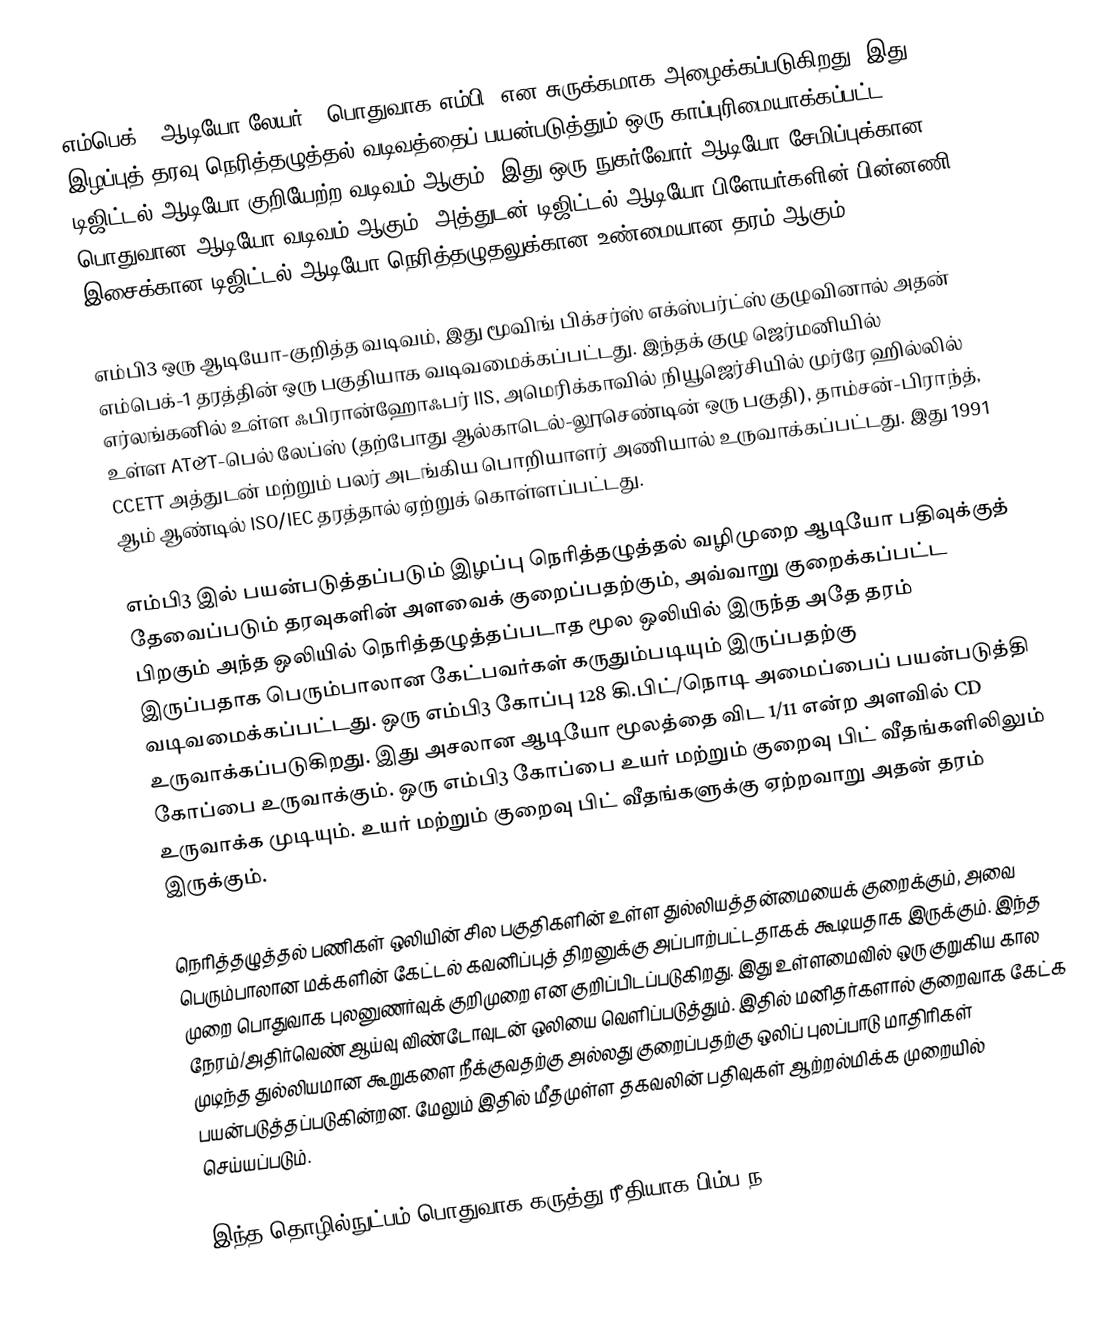
எம்பெக்-1 ஆடியோ லேயர் 3 பொதுவாக எம்பி3 என சுருக்கமாக அழைக்கப்படுகிறது. இது இழப்புத் தரவு நெரித்தழுத்தல் வடிவத்தைப் பயன்படுத்தும் ஒரு காப்புரிமையாக்கப்பட்ட டிஜிட்டல் ஆடியோ குறியேற்ற வடிவம் ஆகும். இது ஒரு நுகர்வோர் ஆடியோ சேமிப்புக்கான பொதுவான ஆடியோ வடிவம் ஆகும். அத்துடன் டிஜிட்டல் ஆடியோ பிளேயர்களின் பின்னணி இசைக்கான டிஜிட்டல் ஆடியோ நெரித்தழுதலுக்கான உண்மையான தரம் ஆகும்.

எம்பி3 ஒரு ஆடியோ-குறித்த வடிவம், இது மூவிங் பிக்சர்ஸ் எக்ஸ்பர்ட்ஸ் குழுவினால் அதன் எம்பெக்-1 தரத்தின் ஒரு பகுதியாக வடிவமைக்கப்பட்டது. இந்தக் குழு ஜெர்மனியில் எர்லங்கனில் உள்ள ஃபிரான்ஹோஃபர் IIS, அமெரிக்காவில் நியூஜெர்சியில் முர்ரே ஹில்லில் உள்ள AT&T-பெல் லேப்ஸ் (தற்போது ஆல்காடெல்-லூசெண்டின் ஒரு பகுதி), தாம்சன்-பிராந்த், CCETT அத்துடன் மற்றும் பலர் அடங்கிய பொறியாளர் அணியால் உருவாக்கப்பட்டது. இது 1991 ஆம் ஆண்டில் ISO/IEC தரத்தால் ஏற்றுக் கொள்ளப்பட்டது.

எம்பி3 இல் பயன்படுத்தப்படும் இழப்பு நெரித்தழுத்தல் வழிமுறை ஆடியோ பதிவுக்குத் தேவைப்படும் தரவுகளின் அளவைக் குறைப்பதற்கும், அவ்வாறு குறைக்கப்பட்ட பிறகும் அந்த ஒலியில் நெரித்தழுத்தப்படாத மூல ஒலியில் இருந்த அதே தரம் இருப்பதாக பெரும்பாலான கேட்பவர்கள் கருதும்படியும் இருப்பதற்கு வடிவமைக்கப்பட்டது. ஒரு எம்பி3 கோப்பு 128 கி.பிட்/நொடி அமைப்பைப் பயன்படுத்தி உருவாக்கப்படுகிறது. இது அசலான ஆடியோ மூலத்தை விட 1/11 என்ற அளவில் CD கோப்பை உருவாக்கும். ஒரு எம்பி3 கோப்பை உயர் மற்றும் குறைவு பிட் வீதங்களிலிலும் உருவாக்க முடியும். உயர் மற்றும் குறைவு பிட் வீதங்களுக்கு ஏற்றவாறு அதன் தரம் இருக்கும்.

நெரித்தழுத்தல் பணிகள் ஒலியின் சில பகுதிகளின் உள்ள துல்லியத்தன்மையைக் குறைக்கும், அவை பெரும்பாலான மக்களின் கேட்டல் கவனிப்புத் திறனுக்கு அப்பாற்பட்டதாகக் கூடியதாக இருக்கும். இந்த முறை பொதுவாக புலனுணர்வுக் குறிமுறை என குறிப்பிடப்படுகிறது. இது உள்ளமைவில் ஒரு குறுகிய கால நேரம்/அதிர்வெண் ஆய்வு விண்டோவுடன் ஒலியை வெளிப்படுத்தும். இதில் மனிதர்களால் குறைவாக கேட்க முடிந்த துல்லியமான கூறுகளை நீக்குவதற்கு அல்லது குறைப்பதற்கு ஒலிப் புலப்பாடு மாதிரிகள் பயன்படுத்தப்படுகின்றன. மேலும் இதில் மீதமுள்ள தகவலின் பதிவுகள் ஆற்றல்மிக்க முறையில் செய்யப்படும்.

இந்த தொழில்நுட்பம் பொதுவாக கருத்து ரீதியாக பிம்ப ந